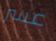
عسر